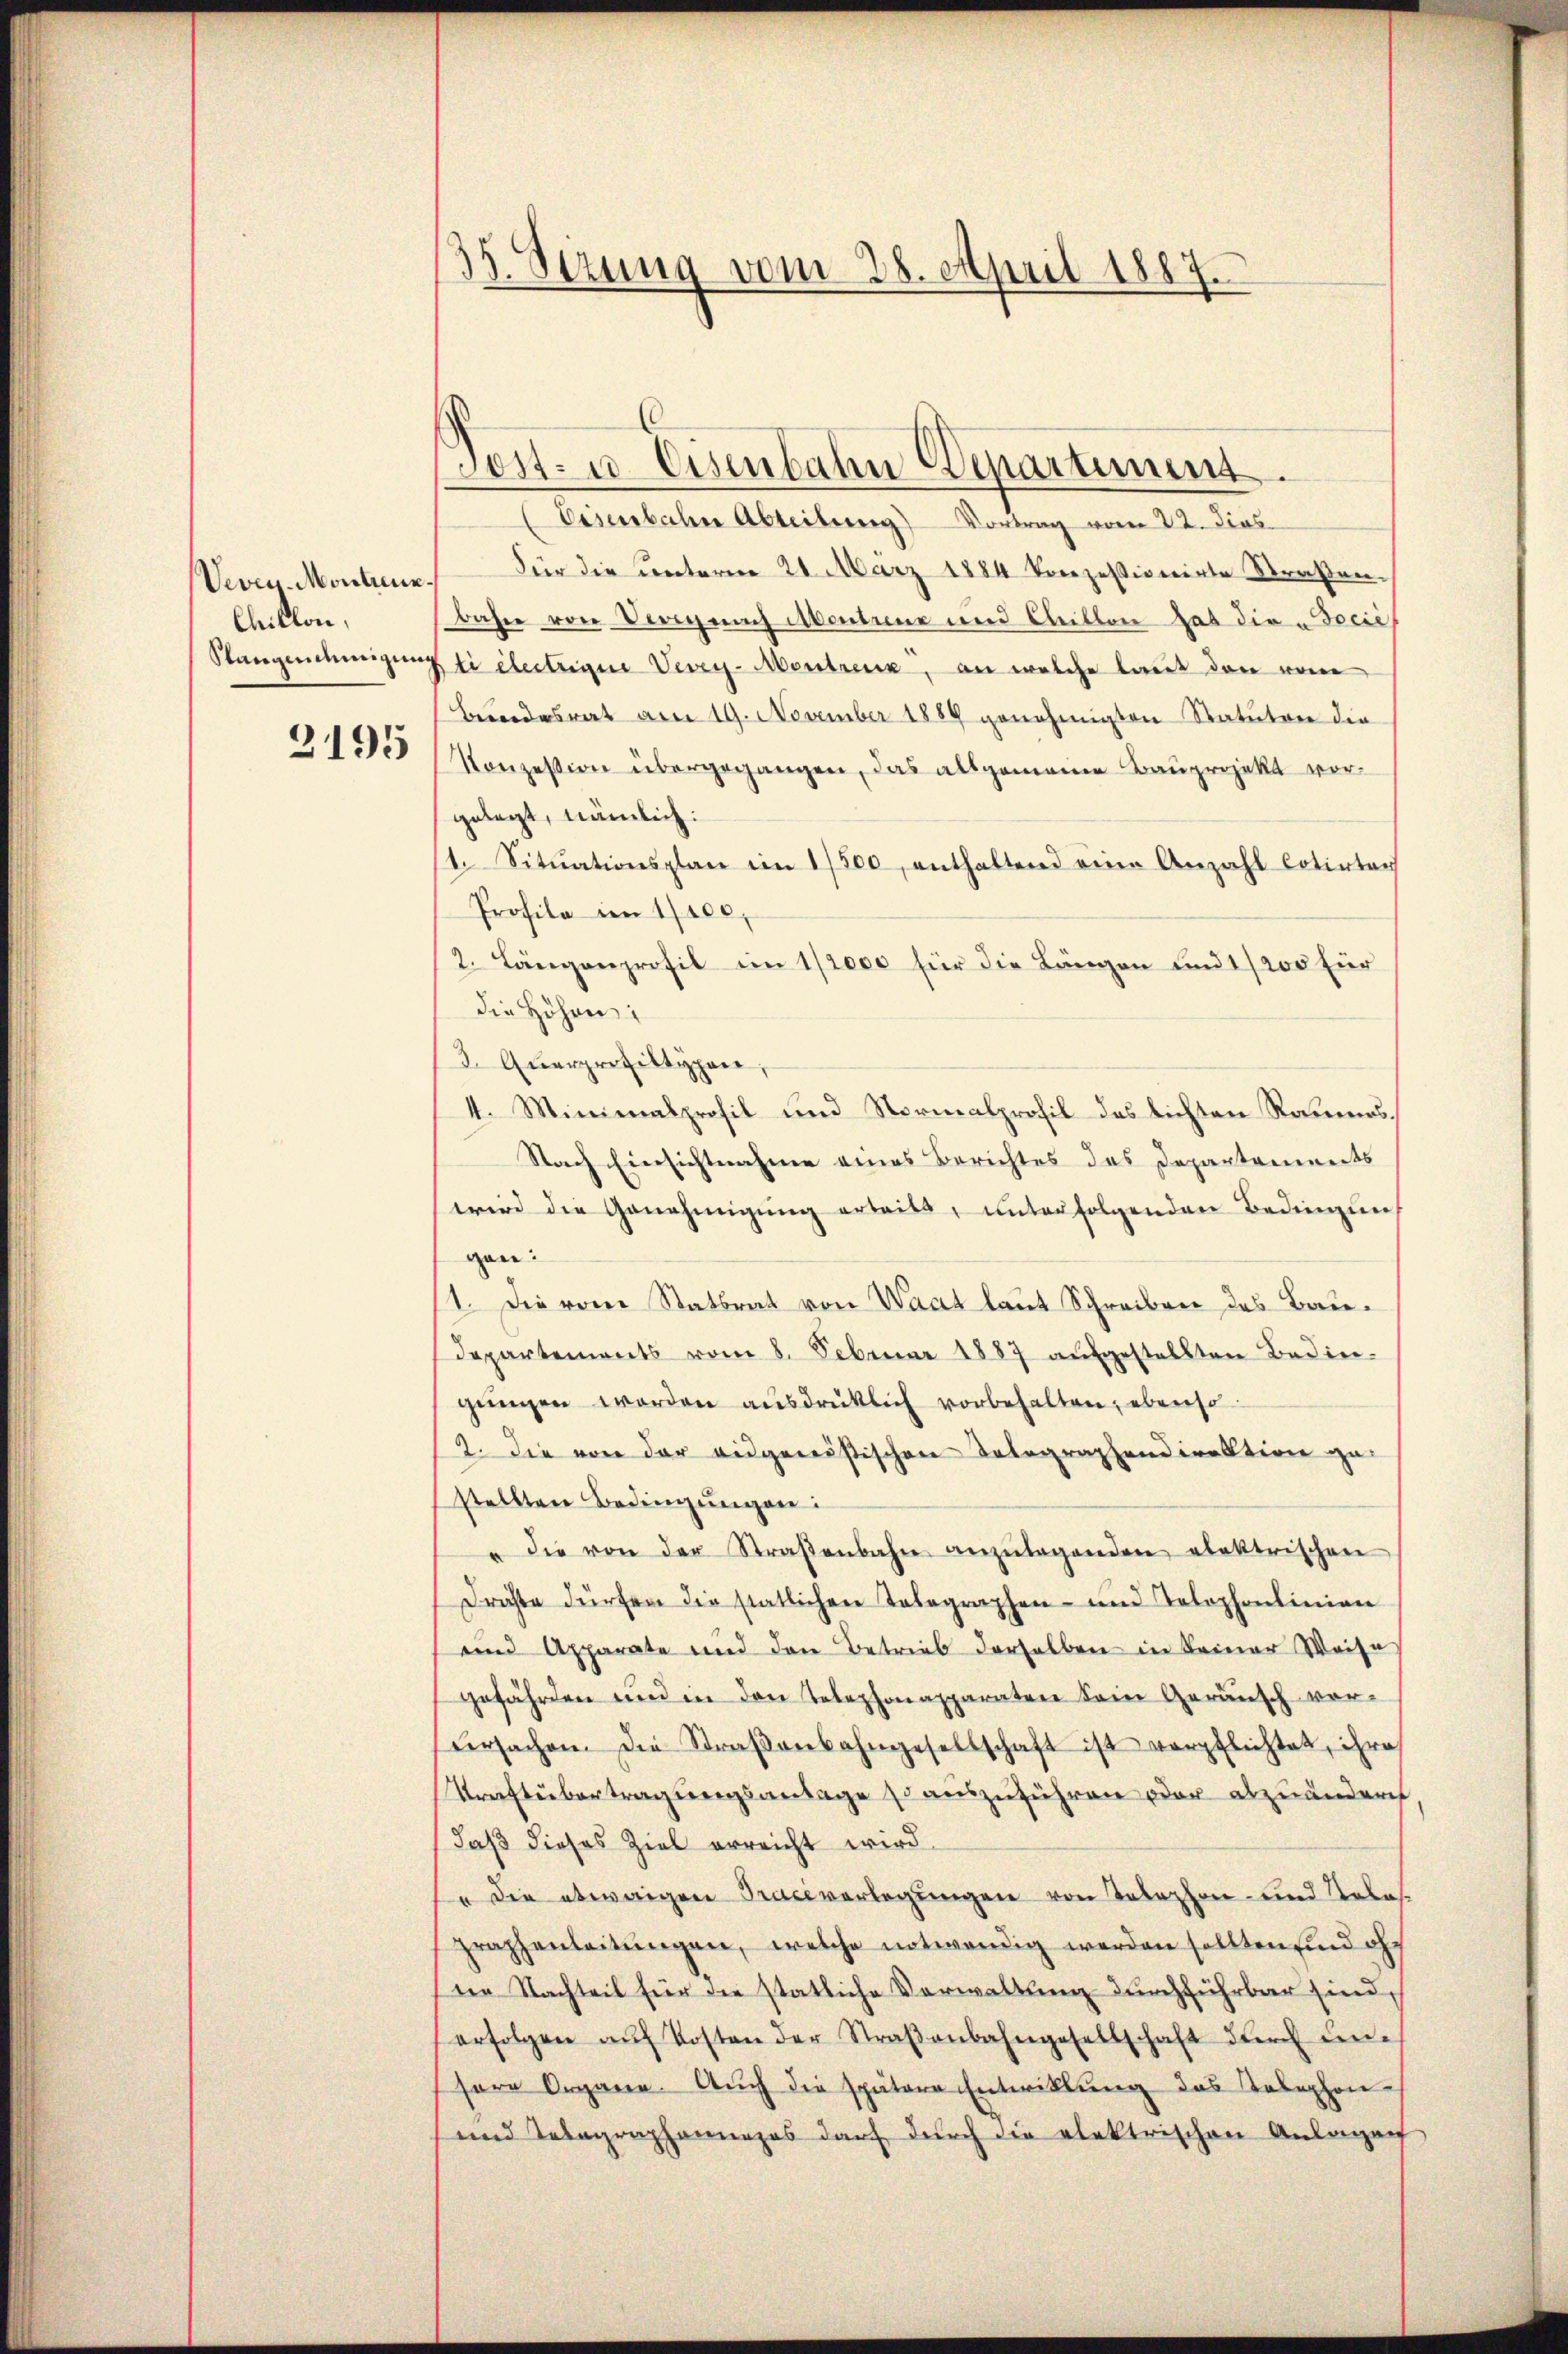
Veven Montreux
Chillon,
Stangenehmigung

3195

35. Sizung vom 28. April 1887.

Eisenbahne Abteilung) Vortrag vom 22. Dies
Für die unterm 24. März 1884 konzessionirte Straβen-
bahn von Vergang Montine und Chrillon hab die „Docić
Pti électrigen Vevey-Mentreuz, an welche laut den vom
Beendesrat am 19. November 1889 genehmigten Statuten die
Konzession übergegangen, das allgemeine Bauprojekt vorgelegt, nämlich:
1. Sitŭationsplan im 1/500, enthaltend eine Anzahl Cotinter
Profila im 1/100,
2. Längenprofil im 1/1000 für die Längen und 1/200 für
die Höhen;
2. Querprofiltypen,
4. Minimalprofil und Normalprofil des lichten Rauners.
Nach Einsichtnahme eines Berichtes des Departements
wird die Genehmigŭng erteils, ŭnterfolgenden Bedingung
gen:
1. Die vom Statsrat von Waat laut Schreiben des Baudepartements vom 8. Februar 1887 aufgestellten Bedier-
gŭngen worden aŭsdrüklich vorbehalten, ebenso
2. Die von der eidgenößischen Telegraphendirektion ge-
stellten Bedingungen:
" die von der Straβenbahn anzŭlagenden elektrischen
drichte dürfen die statlichen Telegraphen- und Telephonlinien
uind Apparate und den Betrieb derselben in keiner Weise
gefährden und in den Telephonapparaten dein Geräusch vor-
Versachen. Die Straβenbahngesellschaft ist verpflichtet, ihre
Treftübertragungsantage so auszuführen oder abzuändern
daß dieses Ziel erreicht wird.
" die etwaigen Traceverlegungen von Telephon- und Uebegraphenleitŭngen, welche notwendig werden sollten sind ohn
ne Nachteil für die statliche Verwaltung durchführbar sind,
erfolgen aŭf Kosten der Straβenbahngesellschaft dŭrch unsore Organe. Auch die spätere Entwillung des Telephon-
und Telegraphennages darf dŭrch die elektrischen Anlagen

Post- u. Eisenbahn Departement.